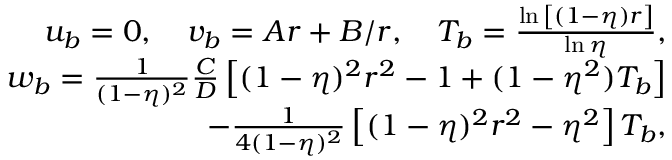
\begin{array} { r } { u _ { b } = 0 , \quad v _ { b } = A r + B / r , \quad T _ { b } = \frac { \ln { \left[ ( 1 - \eta ) r \right] } } { \ln { \eta } } , } \\ { w _ { b } = \frac { 1 } { ( 1 - \eta ) ^ { 2 } } \frac { C } { D } \left[ ( 1 - \eta ) ^ { 2 } r ^ { 2 } - 1 + ( 1 - \eta ^ { 2 } ) T _ { b } \right] } \\ { - \frac { 1 } { 4 ( 1 - \eta ) ^ { 2 } } \left[ ( 1 - \eta ) ^ { 2 } r ^ { 2 } - \eta ^ { 2 } \right] T _ { b } , } \end{array}